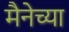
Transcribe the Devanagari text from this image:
मैनेच्या